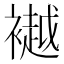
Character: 𫌐